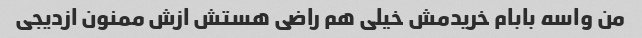
من واسه بابام خریدمش خیلی هم راضی هستش ازش ممنون ازدیجی